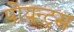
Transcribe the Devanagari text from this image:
पोयन्ट्‌स